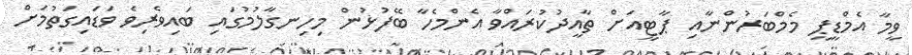
ވީމާ އެމްޑީޕީ މެމްބަރުންނާއި ޕާޓީއަށް ތާއީދުކުރައްވާ އެންމެހާ ބޭފުޅުން މިހިނގާލުމުގައި ބައިވެރިވެ ވަޑައިގަތުމަށް